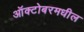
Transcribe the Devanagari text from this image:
ऑक्टोबरमधील